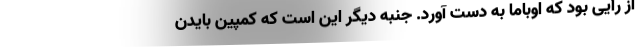
از رأیی بود که اوباما به دست آورد. جنبه دیگر این است که کمپین بایدن